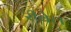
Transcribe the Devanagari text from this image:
रीबेल